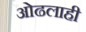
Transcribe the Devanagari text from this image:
ओढलाही